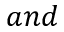
a n d